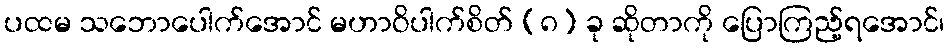
ပထမ သဘောပေါက်အောင် မဟာဝိပါက်စိတ် (၈) ခု ဆိုတာကို ပြောကြည့်ရအောင်၊